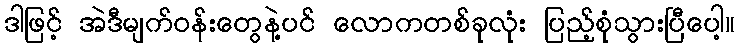
ဒါဖြင့် အဲဒီမျက်ဝန်းတွေနဲ့ပင် လောကတစ်ခုလုံး ပြည့်စုံသွားပြီပေါ့။